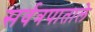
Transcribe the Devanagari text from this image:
सर्वत्रपाताले